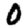
Digit: 0